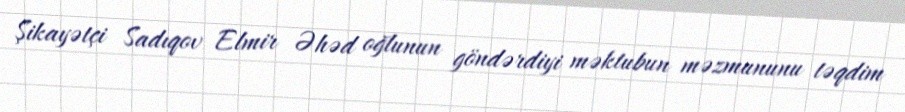
Şikayətçi Sadıqov Elmir Əhəd oğlunun göndərdiyi məktubun məzmununu təqdim